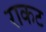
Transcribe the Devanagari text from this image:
राकट